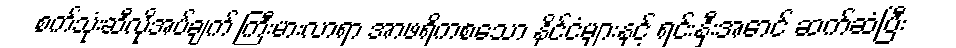
စက်သုံးဆီလိုအပ်ချက် ကြီးမားလာရာ အာဖရိကစသော နိုင်ငံများနှင့် ရင်းနှီးအောင် ဆက်ဆံပြီး